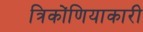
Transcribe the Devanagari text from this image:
त्रिकोंणियाकारी